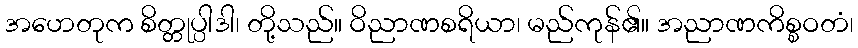
အဟေတုက စိတ္တုပ္ပါဒါ၊ တို့သည်။ ဝိညာဏစရိယာ၊ မည်ကုန်၏။ အညာဏကိစ္စဝတံ၊